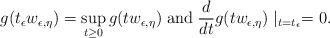
LaTeX: \begin{align*} g(t_\epsilon w_{\epsilon,\eta})=\displaystyle \sup_{t\geq 0}g(tw_{\epsilon,\eta})\;\textrm{and}\; \frac{d}{dt}g(tw_{\epsilon,\eta})\mid_{t=t_\epsilon}=0. \end{align*}